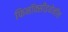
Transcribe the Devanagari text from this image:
फिनॉक्सीइथेनॉल